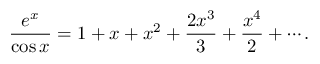
{ \frac { e ^ { x } } { \cos x } } = 1 + x + x ^ { 2 } + { \frac { 2 x ^ { 3 } } { 3 } } + { \frac { x ^ { 4 } } { 2 } } + \cdots .